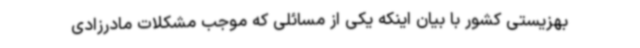
بهزیستی کشور با بیان اینکه یکی از مسائلی که موجب مشکلات مادرزادی